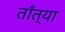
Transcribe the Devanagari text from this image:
ताँत्या